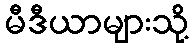
မီဒီယာများသို့